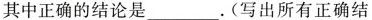
其中正确的结论是_____。(写出所有正确结